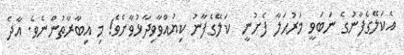
އެކަލޭގެފާނުގެ ނަބަވީ މަރުޙަލާ ފެށުނީ  ކަލޭގެފާނު ކިޔުއްވާވިދާޅުވާށެވެ! މި އިބާރާތުންނެވެ. އާދެ